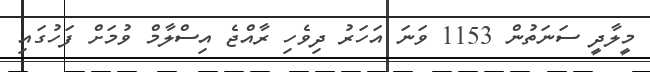
މީލާދީ ސަނަތުން 1153 ވަނަ އަހަރު ދިވެހި ރާއްޖެ އިސްލާމް ވުމަށް ފަހުގައި